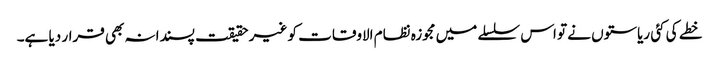
خطے کی کئی ریاستوں نے تو اس سلسلے میں مجوزہ نظام الاوقات کو غیر حقیقت پسندانہ بھی قرار دیا ہے۔